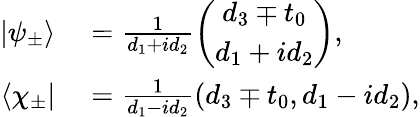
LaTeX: \begin{array}{rl}{|\psi_{\pm}\rangle}&{{}=\frac{1}{d_{1}+id_{2}}\left(\begin{array}{c}{d_{3}\mp t_{0}}\\ {d_{1}+id_{2}}\end{array}\right),}\\ {\langle\chi_{\pm}|}&{{}=\frac{1}{d_{1}-id_{2}}(d_{3}\mp t_{0},d_{1}-id_{2}),}\end{array}